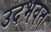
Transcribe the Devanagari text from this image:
उदभवत